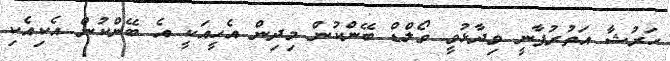
ހަރުޝާ އަތުރުޕާނީ ވިދާޅުވީ ވޯލްޑް ބޭންކުން މިދިން އެހީއަކީ އެ ބޭންކުން އެކިއެކި